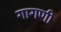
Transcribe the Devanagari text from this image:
गागणी